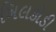
ખિલકોડી